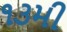
૧૩મી